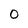
Character: 0